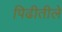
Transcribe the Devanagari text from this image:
पिढीतीले